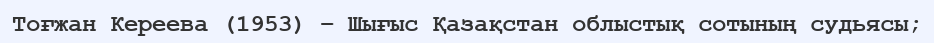
Тоғжан Кереева (1953) – Шығыс Қазақстан облыстық сотының судьясы;